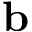
\mathbf { b }